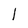
Character: l